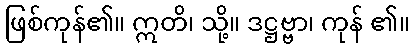
ဖြစ်ကုန်၏။ ဣတိ၊ သို့။ ဒဋ္ဌဗ္ဗာ၊ ကုန် ၏။